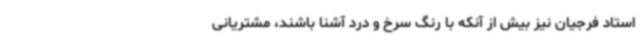
استاد فرجیان نیز بیش از آنکه با رنگ سرخ و درد آشنا باشند، مشتریانی